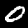
Digit: 0